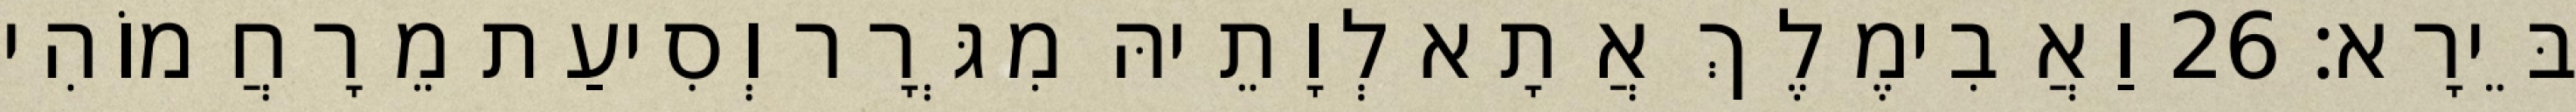
בֵּירָא׃ 26 וַאֲבִימֶלֶךְ אֲתָא לְוָתֵיהּ מִגְּרָר וְסִיעַת מֵרָחֲמוֹהִי